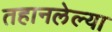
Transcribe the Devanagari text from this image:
तहानलेल्या